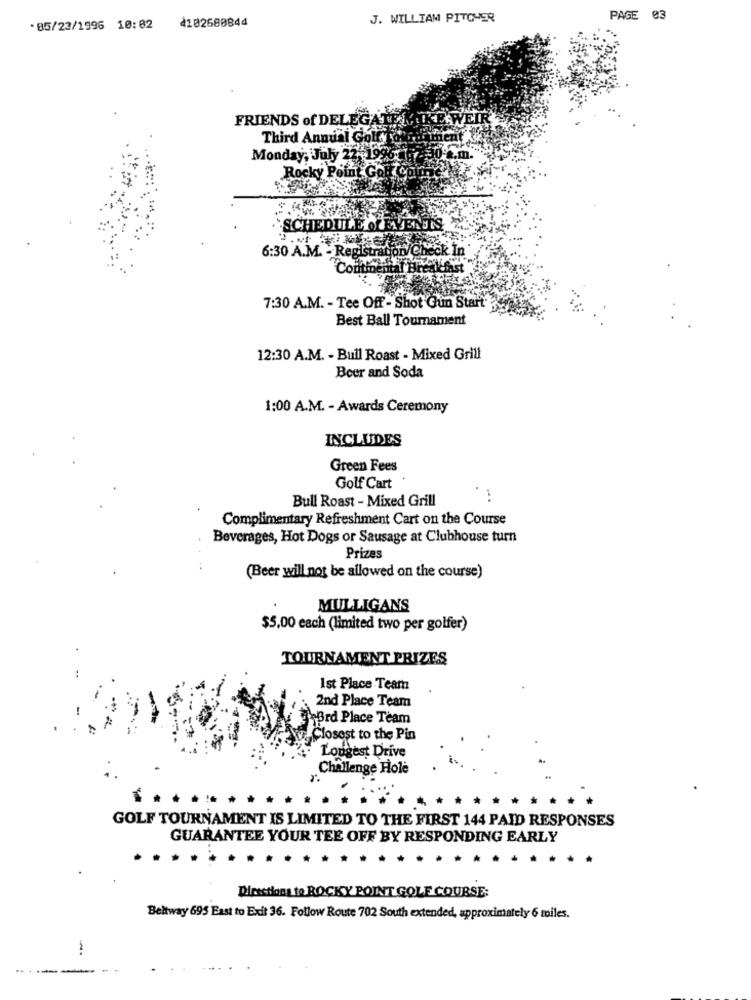
4102680844
J. WILLIAM PITCHER
PAGE 03
- 85/23/1996 10:82
FRIENDS of DELEG
Third Annual Golfy
Monday, July 225
Rocky Point Gol
SCHEDULE of EVENTS
6:30 A.M. - Registration/ Check In
Con
7:30 A.M. - Tee Off - Shot Gun Start':
Best Ball Tournament
12:30 A.M. - Bull Roast - Mixed Grill
Beer and Soda
1:00 A.M. - Awards Ceremony
INCLUDES
Green Fees
Golf Cart
Bull Roast - Mixed Grill
Complimentary Refreshment Cart on the Course
Beverages, Hot Dogs or Sausage at Clubhouse turn
Prizes
(Beer will not be allowed on the course)
MULLIGANS
$5,00 each (limited two per golfer)
TOURNAMENT PRIZES
Ist Place Team
2nd Place Team
31Brd Place Team
Closest to the Pin
Longest Drive
Challenge Hole
GOLF TOURNAMENT IS LIMITED TO THE FIRST 144 PAID RESPONSES
GUARANTEE YOUR TEE OFF BY RESPONDING EARLY
Directions to ROCKY POINT GOLF COURSE:
Beltway 695 East to Exit 36. Follow Route 702 South extended, approximately 6 miles.